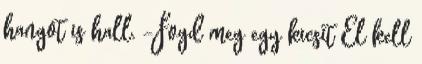
hangot is hall. -Fogd meg egy kicsit El kell